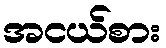
အငယ်စား